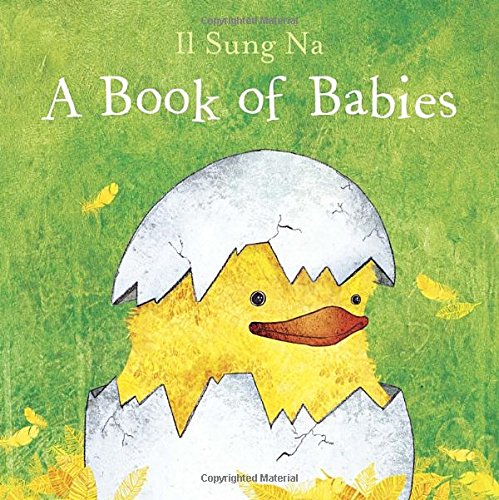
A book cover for A Book of Babies; Il Sung Na; Children's Books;